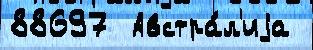
88697  Австра́л'иjа